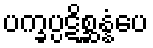
ပက္ခပ္ပဋိစ္ဆန္နံပေ